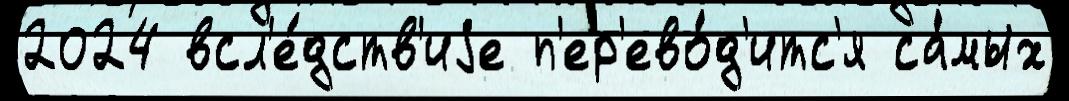
2024 всл'е́дств'иjе п'ер'ево́д'итс'я са́мых